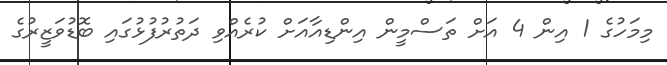
މިމަހުގެ 1 އިން 4 އަަށް ތަސްމީން އިންޑިއާއަށް ކުރެއްވި ދަތުރުފުޅުގައި ބޮޑުވަޒީރުގެ